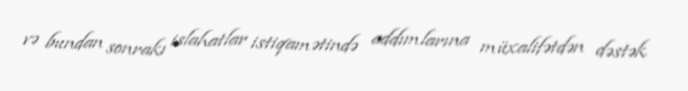
və bundan sonrakı islahatlar istiqamətində addımlarına müxalifətdən dəstək